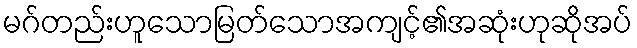
မဂ်တည်းဟူသောမြတ်သောအကျင့်၏အဆုံးဟုဆိုအပ်